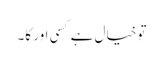
تو خیال ہے کسی اور کا۔